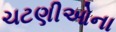
ચટણીઓના